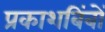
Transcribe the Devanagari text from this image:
प्रकाशबिंबों